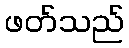
ဖတ်သည်